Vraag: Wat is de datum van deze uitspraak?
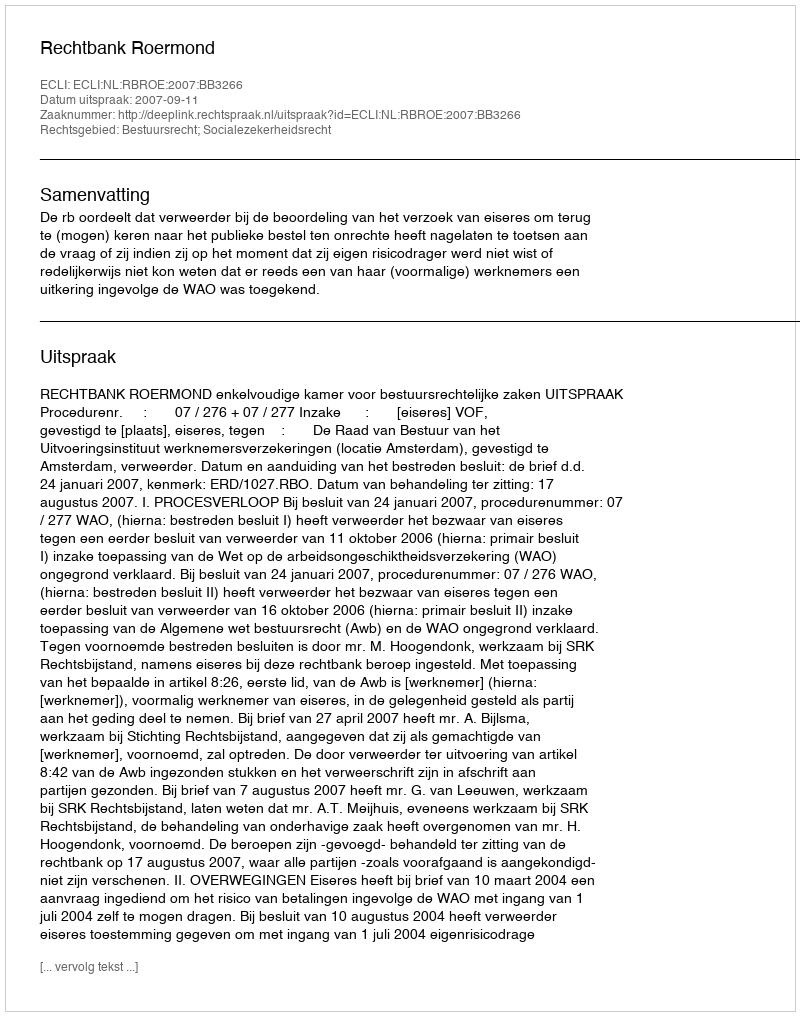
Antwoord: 2007-09-11